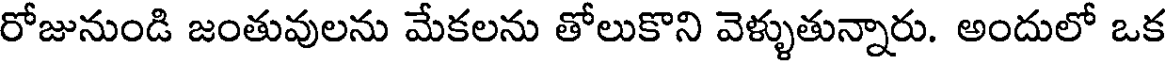
రోజునుండి జంతువులను మేకలను తోలుకొని వెళ్ళుతున్నారు. అందులో ఒక